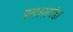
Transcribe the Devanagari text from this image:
पलाशवंडा